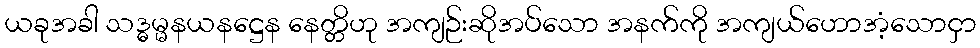
ယခုအခါ သဒ္ဓမ္မနယနဋ္ဌေန နေတ္တိဟု အကျဉ်းဆိုအပ်သော အနက်ကို အကျယ်ဟောအံ့သောငှာ